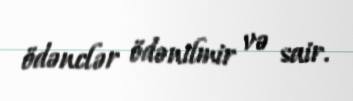
ödənclər ödənilmir və sair.